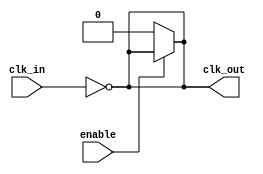
module clock_buffer (
    input wire clk_in,         // Single-ended clock input
    input wire enable,         // Enable signal for power management
    output wire clk_out        // Buffered clock output
);

// Internal signals
wire clk_buf;                // Buffered clock signal

// Input Stage: Protection and buffering
// Assuming a simple buffer for input protection
// In practice, this can include more complex ESD protection
assign clk_buf = clk_in;

// Amplification Stage: Using a series of inverters as an amplifier
// Here we use three inverters to provide gain
wire inv1_out, inv2_out;

// First inverter
not #(1) inv1 (inv1_out, clk_buf); // First inverter with delay
// Second inverter
not #(1) inv2 (inv2_out, inv1_out); // Second inverter
// Third inverter
not #(1) inv3 (clk_out, inv2_out); // Third inverter for final output

// Output Stage: Driving the output based on enable signal
assign clk_out = enable ? clk_out : 1'b0; // Disable output if not enabled

endmodule